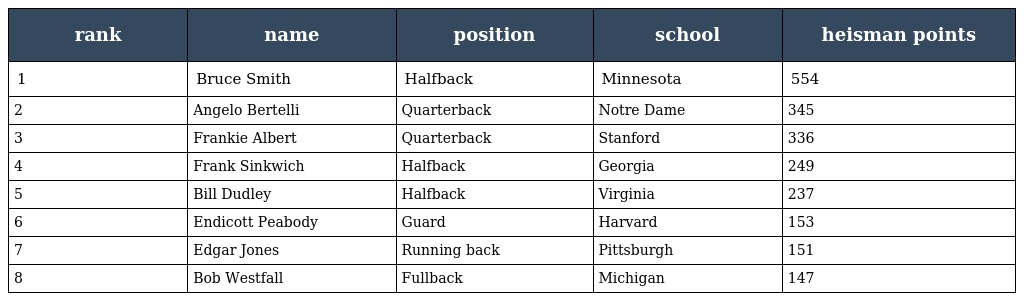
| rank | name | position | school | heisman points |
 | --- | --- | --- | --- | --- |
 | 1 | Bruce Smith | Halfback | Minnesota | 554 |
 | 2 | Angelo Bertelli | Quarterback | Notre Dame | 345 |
 | 3 | Frankie Albert | Quarterback | Stanford | 336 |
 | 4 | Frank Sinkwich | Halfback | Georgia | 249 |
 | 5 | Bill Dudley | Halfback | Virginia | 237 |
 | 6 | Endicott Peabody | Guard | Harvard | 153 |
 | 7 | Edgar Jones | Running back | Pittsburgh | 151 |
 | 8 | Bob Westfall | Fullback | Michigan | 147 |